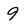
Character: 9